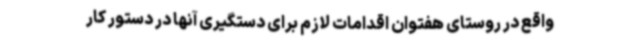
واقع در روستای هفتوان اقدامات لازم برای دستگیری آنها در دستور کار